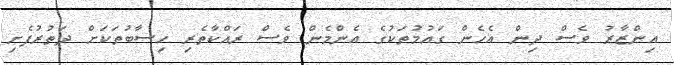
އިންޒާރު ވެސް ދިން އެހެން ގައުމުތަކުގެ އެންމެން ވެސް ރައްކާތެރި ހިސާބުތަކަށް ދަތުރުފެށި